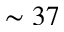
\sim 3 7